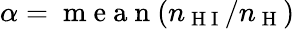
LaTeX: \alpha=\mathrm{~m~e~a~n~}(n_{\mathrm{~H~I~}}/n_{\mathrm{~H~}})